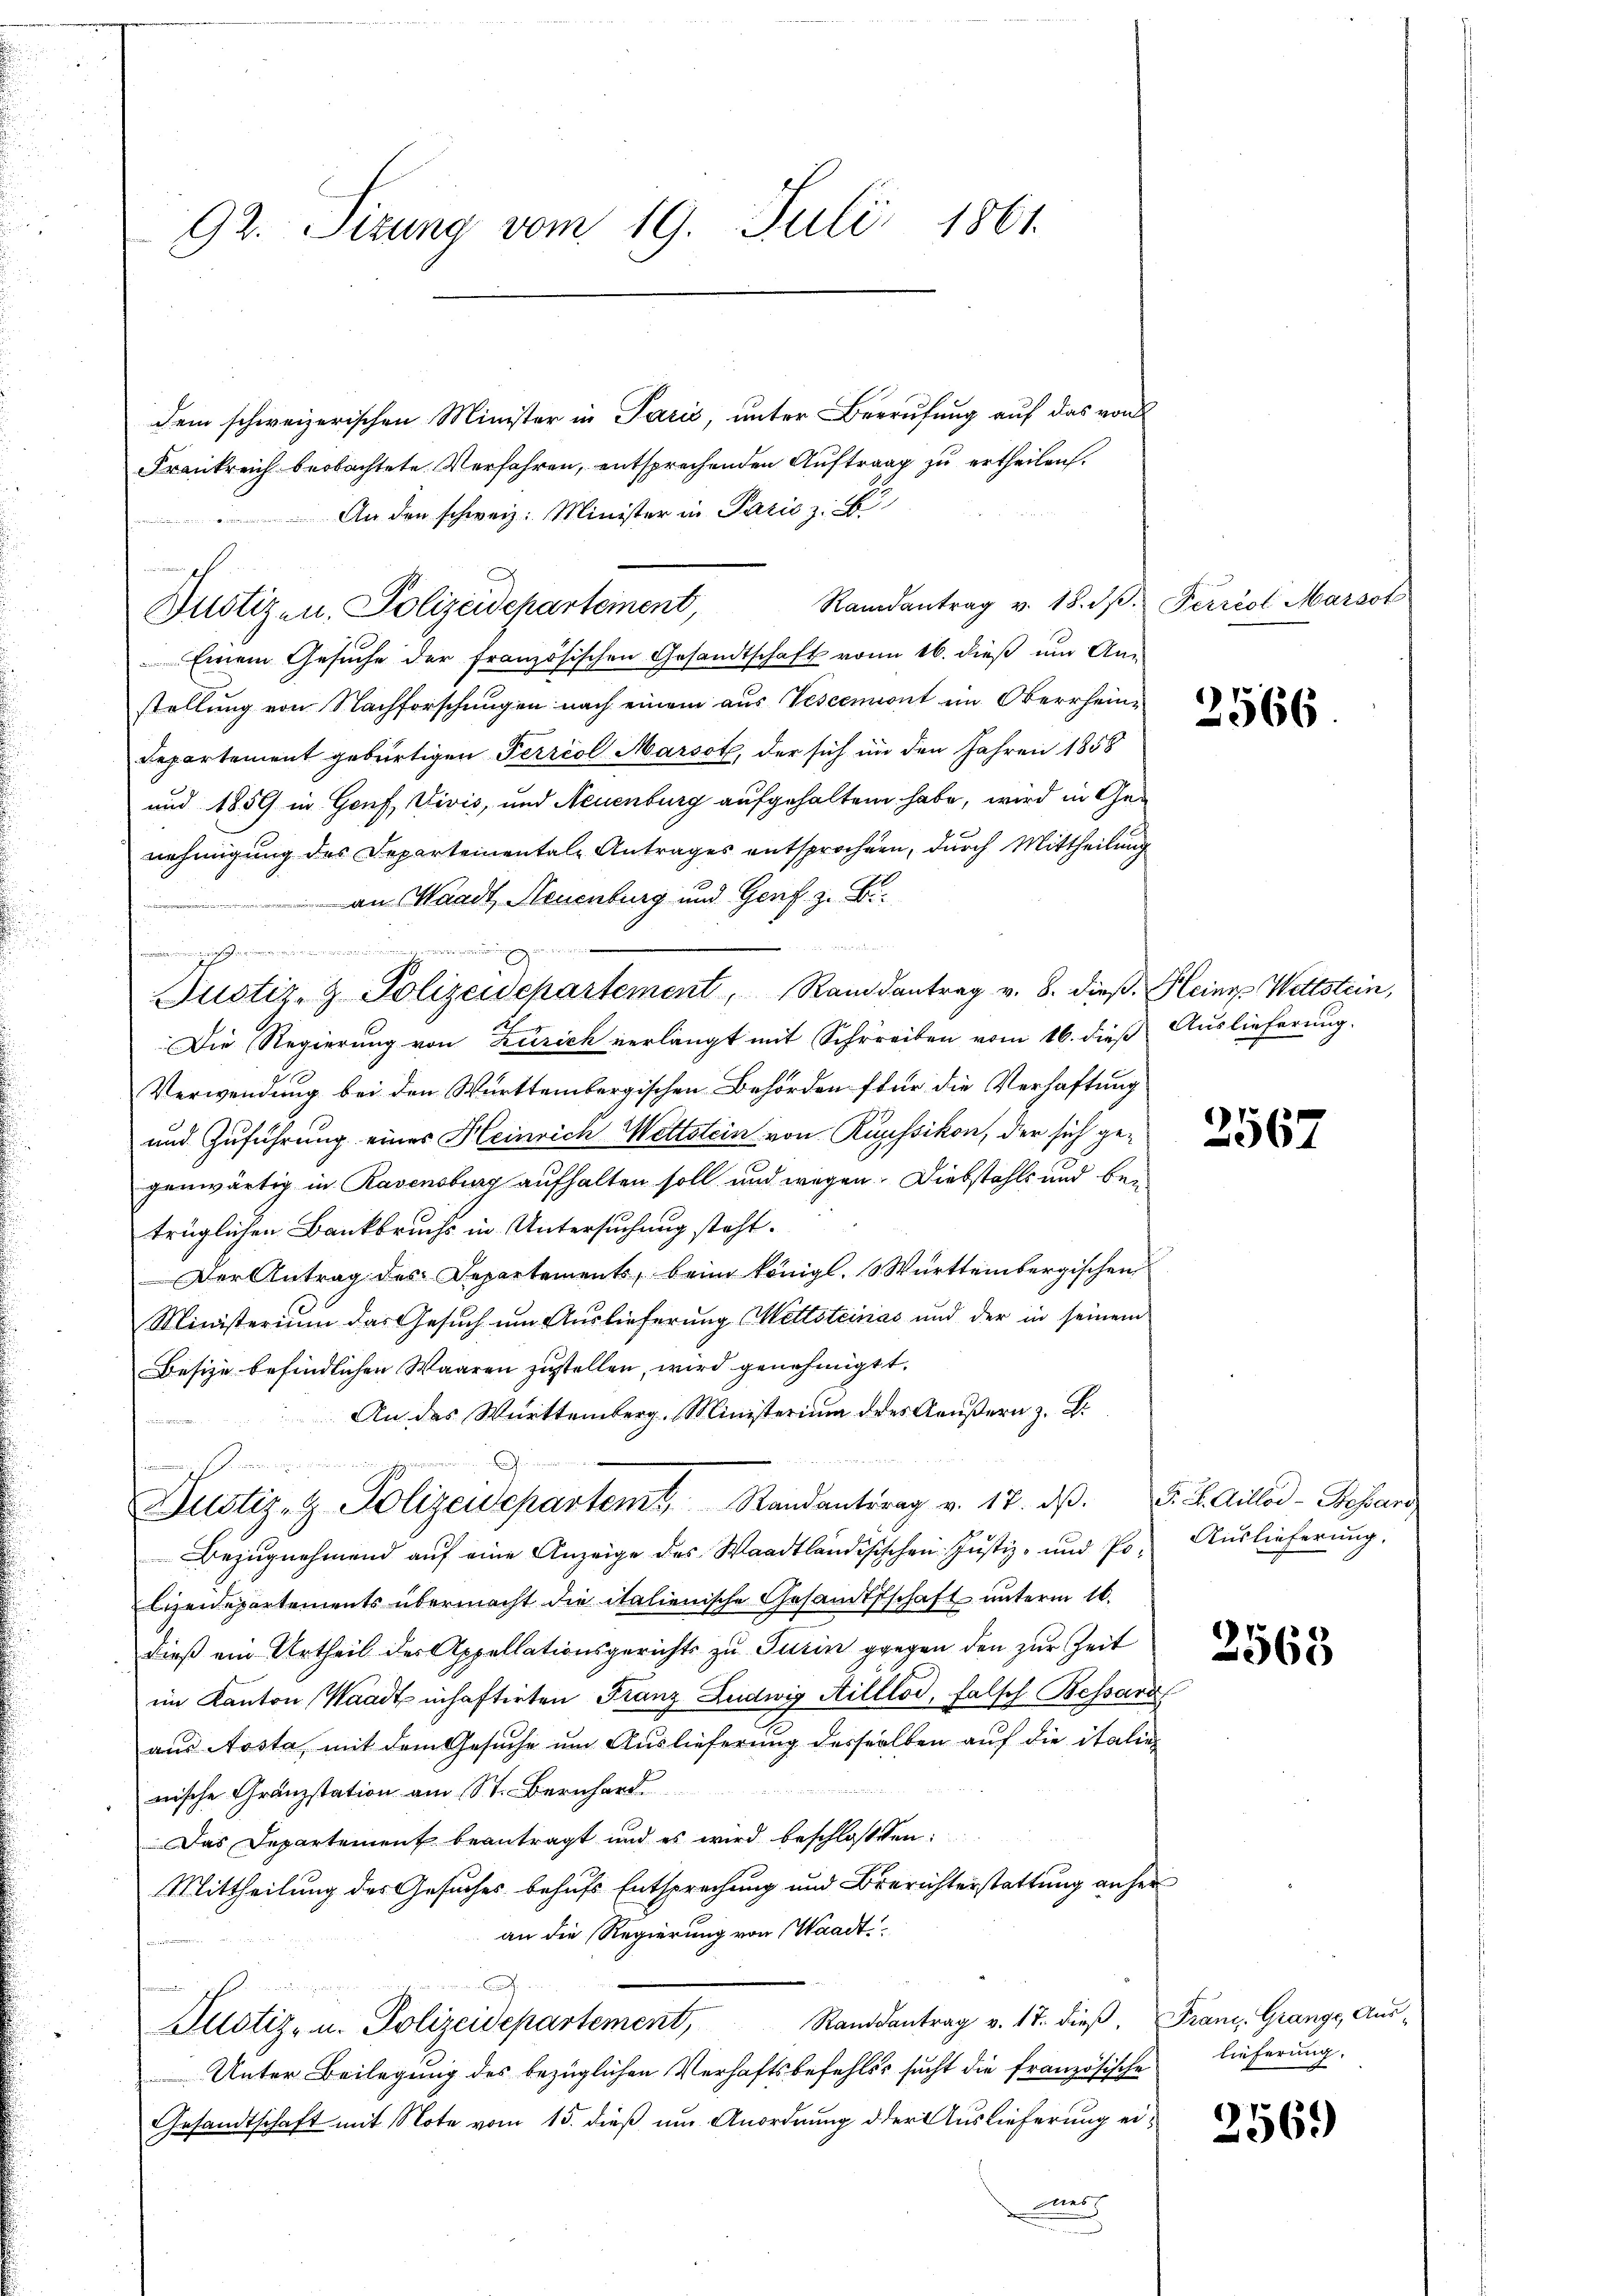
92. Sizung vom 19. Juli 1861.

ich

dem schweizerischen Minister in Paris, unter Berrufung auf das von
Frankreich beobachtete Verfahren, entsprechenden Auftrag zu ertheilen.
An den schweiz. Minister in Paris z.
Einem Gesuche der französischen Gesandtschaft von 16. dieß um An-
stellung von Nachforschungen nach einem aus Vescemont im Oberrhein-
Departement gebürtigen Terriol Marsot, der sich in den Jahren 1858
und 1859 in Genf, Vivis, und Neuenburg aufgehalten habe, wird in Genehmigung des Departementale Antrages entsprochen, durch Mittheilung
an Waadt, Neuenburg und Genf. z. B.

1
Die Regierung von Zürich verlangt mit Schreiben vom 16. dieß Auslieferung.
Verwendung bei den Württembergischen Behörden für die Verhaftung
und Zuführung eines Heinrich Wettstein von Russikon, der sich gegenwärtig in Ravensburg aufhalten soll und wegen. Diebstahls und bei
trüglichen Bankbruchs in Untersuchung steht.
Der Antrag des Departements, beim königl. Württembergischen
Ministerium das Gesuch um Auslieferung Mettsteinias und der in seinem
Besize befindlichen Waaren zustellen, wird genehmigt.
An das Württemberg. Ministerium des Aeußern z. B.
A

Justiz- & Polizeisepartem Randantrag v. 17. dβ. F. L. Allod-Besser
Bezŭgnehmend aŭf eine Anzeige des Waadtländisischen Justiz- und Po. Auslieferŭng.
lizeidepartements übermacht die italienische Gesandtschaft unterm 16.
dieß ein Urtheil der Appellationsgerichts zu Turin gegen den zur Zeit
im Kanton Waadt inhaftirten Franz Ludwig Hilllod, falsch Bessard
aus Aosta, mit dem Gesuche um Auslieferung desselben auf die italie

nische Gränzstation am St. Bernhard
Das Departement beantragt und es wird beschlossen:
Mittheilung des Gesuches behufs Entsprechung und Berichterstattung anher
an die Regierung von Waadt

2
Justiz- u. Polizeidepartement, Standsantrag v. 17. dieβ.
Unter Beilegung des bezüglichen Verhaftsbefehls sucht die französische
Gesandtschaft mit Note vom 15. dieß um Anordnung der Auslieferung ers

Justiz- & Polizeidepartement, Randantrag v. 8. dieβ. Kleins Wettstein,

Dustizen. Polizeidepartement,

Randantrag v. 18. d. Perriol Marsot

t

2566

2567

2568

Franz, Grange, Aus-
lieferung.

2569)